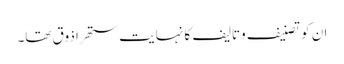
ان کو تصنیف وتالیف کا نہایت ستھرا ذوق تھا۔